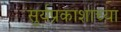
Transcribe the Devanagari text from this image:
सुर्यप्रकाशाच्या